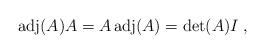
LaTeX: \begin{align*}{\rm adj}(A) A = A \,{\rm adj}(A) = \det(A) I \;,\end{align*}